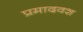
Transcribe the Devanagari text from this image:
प्रमादवश